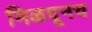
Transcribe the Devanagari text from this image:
मिळवूनच